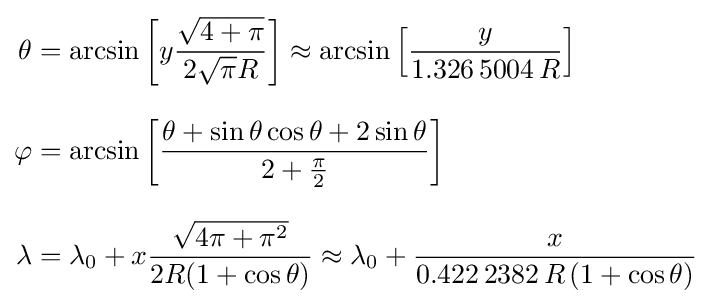
{\begin{aligned}\theta &=\arcsin \left[y{\frac {\sqrt {4+\pi }}{2{\sqrt {\pi }}R}}\right]\approx \arcsin \left[{\frac {y}{1.326\,5004\,R}}\right]\\[8pt]\varphi &=\arcsin \left[{\frac {\theta +\sin \theta \cos \theta +2\sin \theta }{2+{\frac {\pi }{2}}}}\right]\\[8pt]\lambda &=\lambda _{0}+x{\frac {\sqrt {4\pi +\pi ^{2}}}{2R(1+\cos \theta )}}\approx \lambda _{0}+{\frac {x}{0.422\,2382\,R\,(1+\cos \theta )}}\end{aligned}}